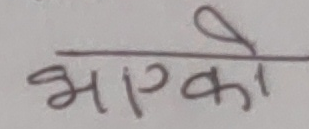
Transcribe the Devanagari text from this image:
भएको